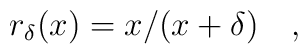
r_\delta(x) = x/(x+\delta) \quad ,